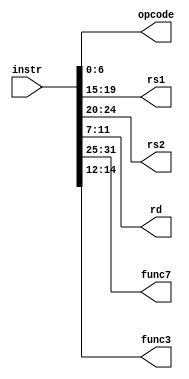
module Instr_decoder(
    input  [31:0] instr,
    output reg [6:0]  opcode,
    output reg [4:0]  rs1,
    output reg [4:0]  rs2,
    output reg [4:0]  rd,
    output reg [6:0]  func7,
    output reg [2:0]  func3
   // output [11:0] Imm
);

    always @(*) begin
        opcode = instr[6:0];
        rs1 = instr[19:15];
        rs2 = instr[24:20];
        rd  = instr[11:7];
        func7    = instr[31:25];
        func3    = instr[14:12];
    end
    
endmodule